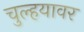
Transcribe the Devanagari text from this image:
चुल्हयावर